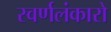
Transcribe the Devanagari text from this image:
स्वर्णलंकारो